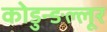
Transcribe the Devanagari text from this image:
कोडुन्ङल्लूर